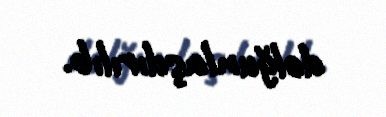
dolğunlaşdırılıb.